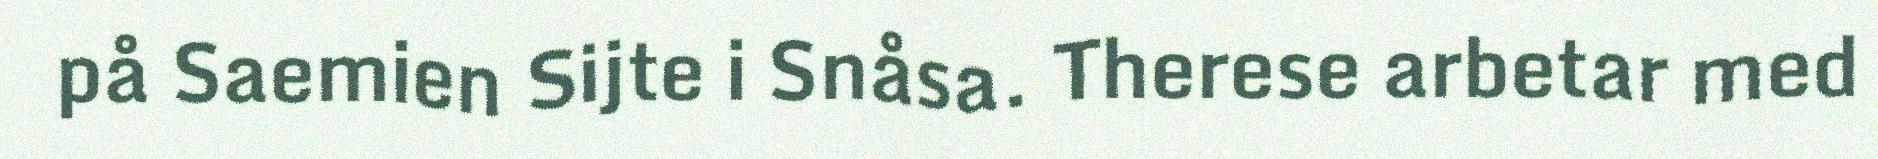
på Saemien Sijte i Snåsa. Therese arbetar med